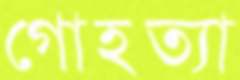
গোহত্যা